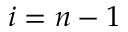
i = n - 1